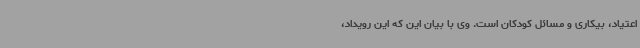
اعتیاد، بیکاری و مسائل کودکان است. وی با بیان این که این رویداد،